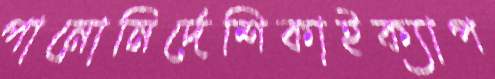
পানোনির্দেশিকাইক্যাপ